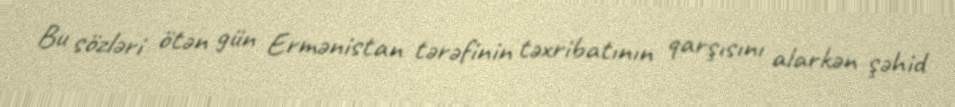
Bu sözləri ötən gün Ermənistan tərəfinin təxribatının qarşısını alarkən şəhid